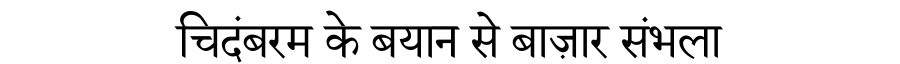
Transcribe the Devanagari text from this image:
चिदंबरम के बयान से बाज़ार संभला